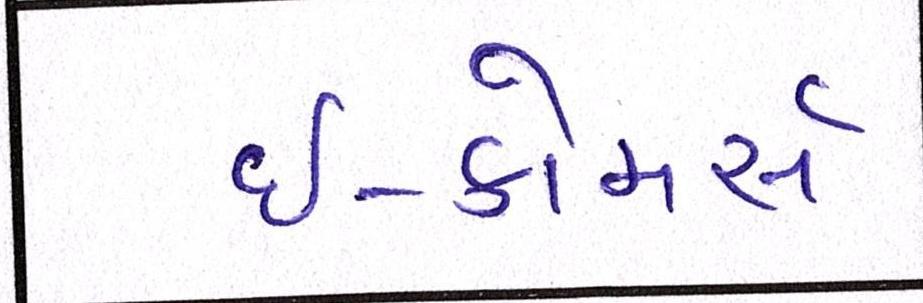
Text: ઇ-કોમર્સ